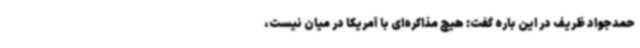
حمدجواد ظریف در این باره گفت: هیچ مذاکره‌ای با آمریکا در میان نیست،